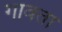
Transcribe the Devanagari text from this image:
गावता